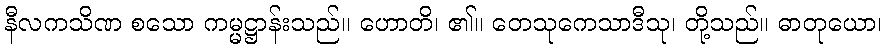
နီလကသိဏ စသော ကမ္မဋ္ဌာန်းသည်။ ဟောတိ၊ ၏။ တေသုကေသာဒီသု၊ တို့သည်။ ဓာတုယော၊